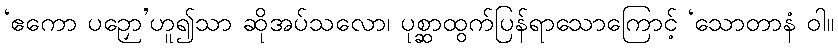
‘ဧကော ပဉှော’ဟူ၍သာ ဆိုအပ်သလော၊ ပုစ္ဆာထွက်ပြန်ရာသောကြောင့် ‘သောတာနံ ဝါ။